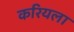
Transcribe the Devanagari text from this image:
करियला